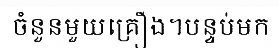
ចំនួនមួយគ្រឿង។បន្ទប់មក